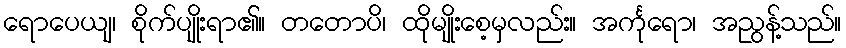
ရောပေယျ၊ စိုက်ပျိုးရာ၏။ တတောပိ၊ ထိုမျိုးစေ့မှလည်း။ အင်္ကုရော၊ အညွန့်သည်။